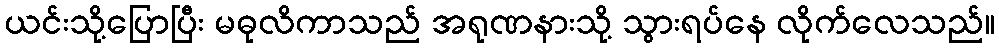
ယင်းသို့ပြောပြီး မဓုလိကာသည် အရုဏနားသို့ သွားရပ်နေ လိုက်လေသည်။